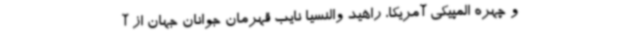
و چهره المپیکی آمریکا، راهید والنسیا نایب قهرمان جوانان جهان از آ